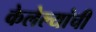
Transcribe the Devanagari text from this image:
केलेल्यांची